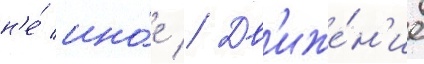
н'е́ ино́е // Дв'иже́н'ие